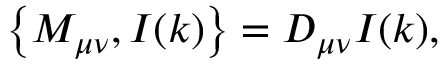
\left\{ M _ { \mu \nu } , I ( k ) \right\} = D _ { \mu \nu } I ( k ) ,